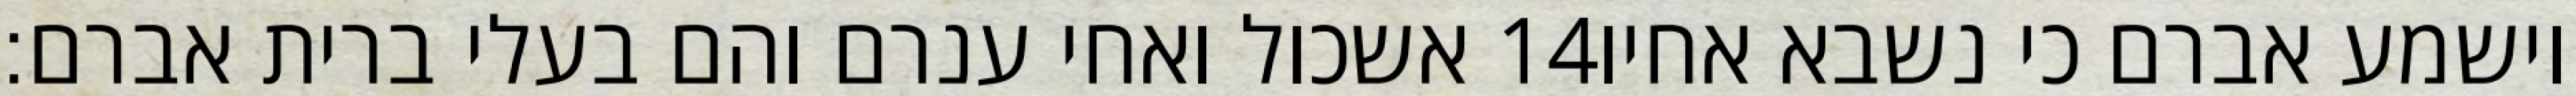
אשכול ואחי ענרם והם בעלי ברית אברם׃ ‎14‏ וישמע אברם כי נשבא אחיו